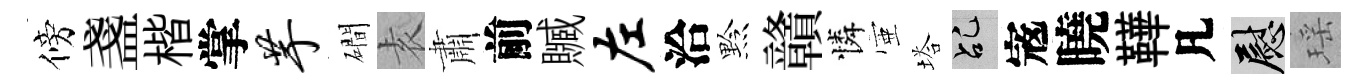
傍盞楷掌芋磵𡊮肅前贓左洽黔贛憐壺塔乩𡨥曉鞾凡慰瑶